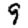
Digit: 9